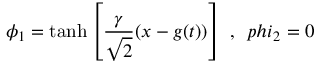
\phi _ { 1 } = \operatorname { t a n h } \left[ { \frac { \gamma } { \sqrt { 2 } } } ( x - g ( t ) ) \right] \ , \ \, p h i _ { 2 } = 0